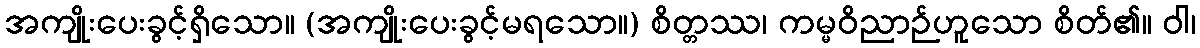
အကျိုးပေးခွင့်ရှိသော။ (အကျိုးပေးခွင့်မရသော။) စိတ္တဿ၊ ကမ္မဝိညာဉ်ဟူသော စိတ်၏။ ဝါ၊